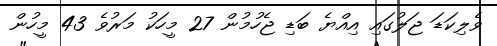
ވެލިކަޑަ ޖަލުގައި އިއްޔެ ބަޑި ޖެހުމުން 27 މީހަކު މަރުވެ 43 މީހުން